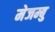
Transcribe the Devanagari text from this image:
मेजम्बु